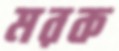
মরক